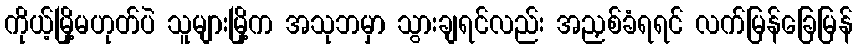
ကိုယ့်မြို့မဟုတ်ပဲ သူများမြို့က အသုဘမှာ သွားချရင်လည်း အညှစ်ခံရရင် လက်မြန်ခြေမြန်